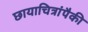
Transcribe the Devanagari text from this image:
छायाचित्रांपैकी